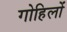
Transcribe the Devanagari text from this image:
गोहिलों